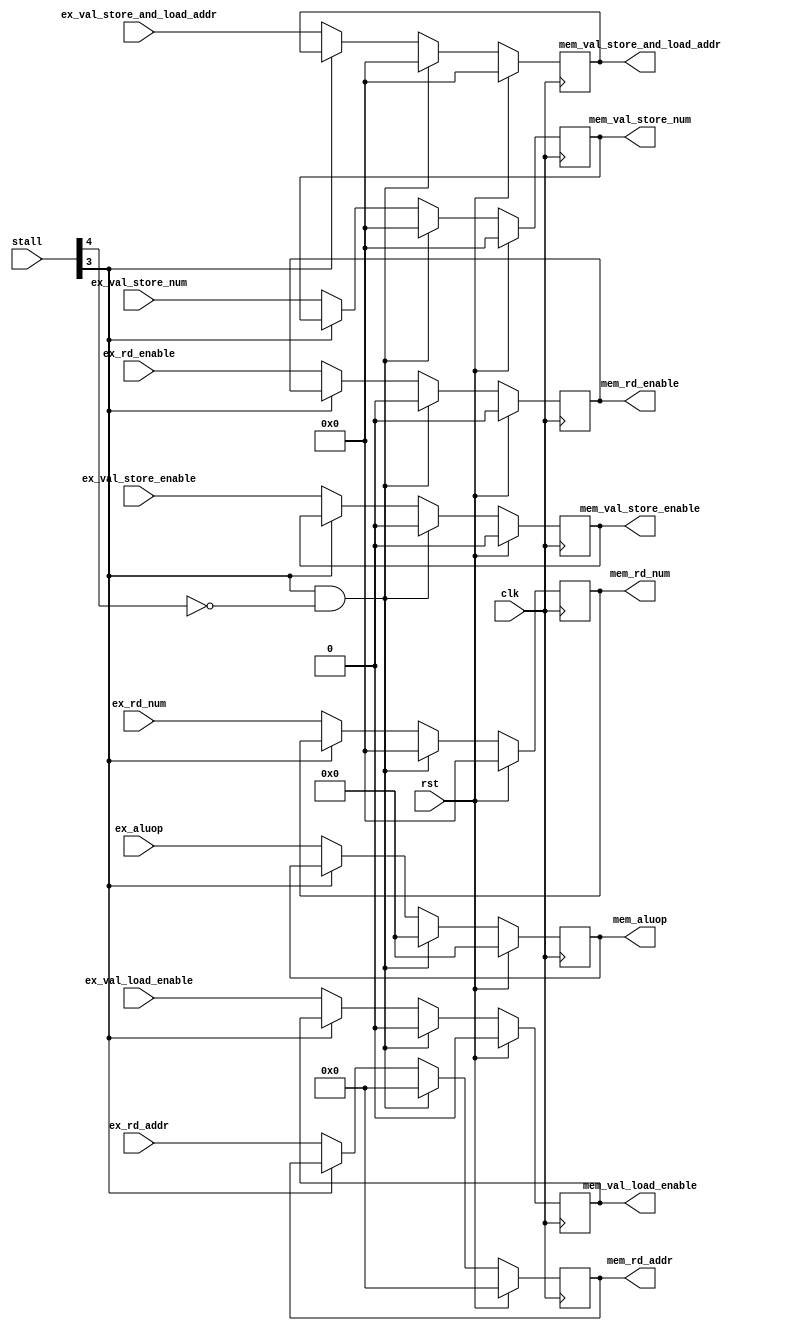
module EXMEM(
    input wire clk,
    input wire rst,
    input wire [5:0] stall,
    input wire ex_rd_enable,
    input wire [31:0] ex_rd_num,
    input wire [4:0] ex_rd_addr,
    input wire [5:0] ex_aluop,
    input wire [31:0] ex_val_store_num,
    input wire [31:0] ex_val_store_and_load_addr,
    input wire ex_val_store_enable,
    input wire ex_val_load_enable,

    output reg mem_rd_enable,
    output reg [31:0] mem_rd_num,
    output reg [4:0] mem_rd_addr,
    output reg [5:0] mem_aluop,
    output reg [31:0] mem_val_store_num,
    output reg [31:0] mem_val_store_and_load_addr,
    output reg mem_val_store_enable,
    output reg mem_val_load_enable
);

always @(posedge clk) begin
    if(rst == 1) begin
        mem_rd_enable <= 0;
        mem_rd_num <= 0;
        mem_rd_addr <= 0;
        mem_aluop <= 0;
        mem_val_store_num <= 0;
        mem_val_store_and_load_addr <= 0;
        mem_val_store_enable <= 0;
        mem_val_load_enable <= 0;
    end
    else if(stall[3] == 1 && stall[4] == 0) begin
        mem_rd_enable <= 0;
        mem_rd_num <= 0;
        mem_rd_addr <= 0;
        mem_aluop <= 0;
        mem_val_store_num <= 0;
        mem_val_store_and_load_addr <= 0;
        mem_val_store_enable <= 0;
        mem_val_load_enable <= 0;
    end
    else if(stall[3] == 0) begin
        mem_rd_enable <= ex_rd_enable;
        mem_rd_num <= ex_rd_num;
        mem_rd_addr <= ex_rd_addr;
        mem_aluop <= ex_aluop;
        mem_val_store_num <= ex_val_store_num;
        mem_val_store_and_load_addr <= ex_val_store_and_load_addr;
        mem_val_store_enable <= ex_val_store_enable;
        mem_val_load_enable <= ex_val_load_enable;
    end
end

endmodule